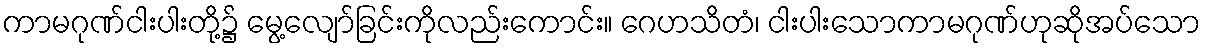
ကာမဂုဏ်ငါးပါးတို့၌ မွေ့လျော်ခြင်းကိုလည်းကောင်း။ ဂေဟသိတံ၊ ငါးပါးသောကာမဂုဏ်ဟုဆိုအပ်သော